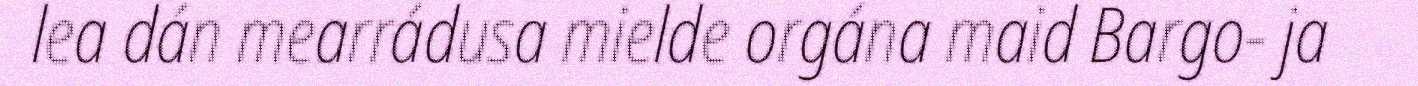
lea dán mearrádusa mielde orgána maid Bargo- ja